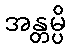
အန္တမ္ပိ